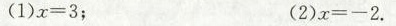
(1) $$x = 3$$； (2) $$x = - 2$$.